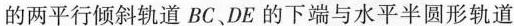
的两平行倾斜轨道BC、DE的下端与水平半圆形轨道